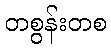
တစွန်းတစ